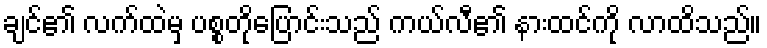
ချင်၏ လက်ထဲမှ ပစ္စတိုပြောင်းသည် ကယ်လီ၏ နားထင်ကို လာထိသည်။